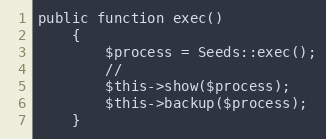
Language: PHP
public function exec()
    {
        $process = Seeds::exec();
        //
        $this->show($process);
        $this->backup($process);
    }